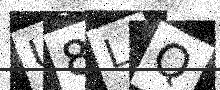
Text: U8LQ